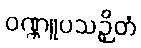
ဝဏ္ဏူပသဉှိတံ